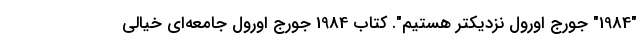
"1984" جورج اورول نزدیکتر هستیم". کتاب 1984 جورج اورول جامعه‌ای خیالی